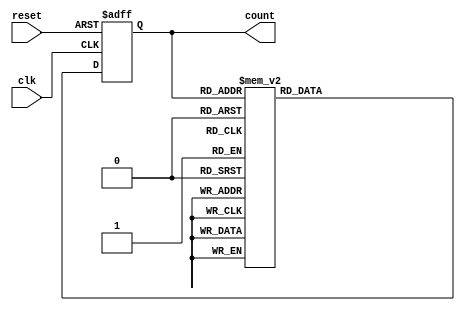
module decade_ring_counter (
    input wire clk,        // Clock input
    input wire reset,      // Asynchronous reset input
    output reg [3:0] count // 4-bit output to represent the current state
);

// State transition logic
always @(posedge clk or posedge reset) begin
    if (reset) begin
        count <= 4'b0000; // Initialize to state 0
    end else begin
        case (count)
            4'b0000: count <= 4'b0001; // State 0 to State 1
            4'b0001: count <= 4'b0010; // State 1 to State 2
            4'b0010: count <= 4'b0011; // State 2 to State 3
            4'b0011: count <= 4'b0100; // State 3 to State 4
            4'b0100: count <= 4'b0101; // State 4 to State 5
            4'b0101: count <= 4'b0110; // State 5 to State 6
            4'b0110: count <= 4'b0111; // State 6 to State 7
            4'b0111: count <= 4'b1000; // State 7 to State 8
            4'b1000: count <= 4'b1001; // State 8 to State 9
            4'b1001: count <= 4'b0000; // State 9 back to State 0
            default: count <= 4'b0000; // Default case to reset
        endcase
    end
end

endmodule